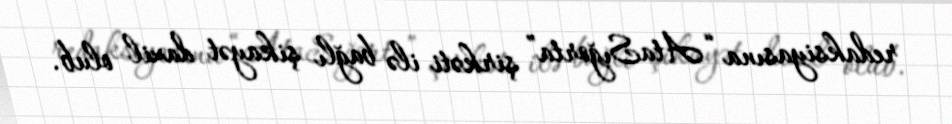
redaksiyasına “AtaSığorta” şirkəti ilə bağlı şikayət daxil olub.